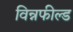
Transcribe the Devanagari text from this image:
विन्नफील्ड